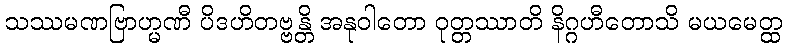
သဿမဏဗြာဟ္မဏီ ပိဒဟိတဗ္ဗန္တိ အနုဝါတော ဝုတ္တဿာတိ နိဂ္ဂဟီတောသိ မယမေတ္ထ